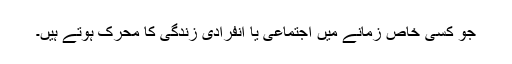
جو کسی خاص زمانے میں اجتماعی یا انفرادی زندگی کا محرک ہوتے ہیں۔